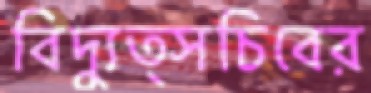
বিদ্যুত্সচিবের